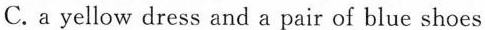
C.a yellow dress and a pair of blue shoes